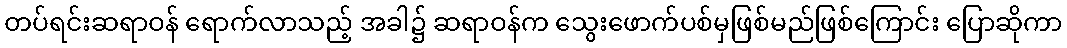
တပ်ရင်းဆရာဝန် ရောက်လာသည့် အခါ၌ ဆရာဝန်က သွေးဖောက်ပစ်မှဖြစ်မည်ဖြစ်ကြောင်း ပြောဆိုကာ